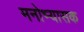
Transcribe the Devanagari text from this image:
मनोभ्यासक